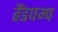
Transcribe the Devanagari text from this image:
हैंडपम्प